Vaccination North-Western Provinces and Oudh 1896-1901 - 1896-1901
Year: 1896
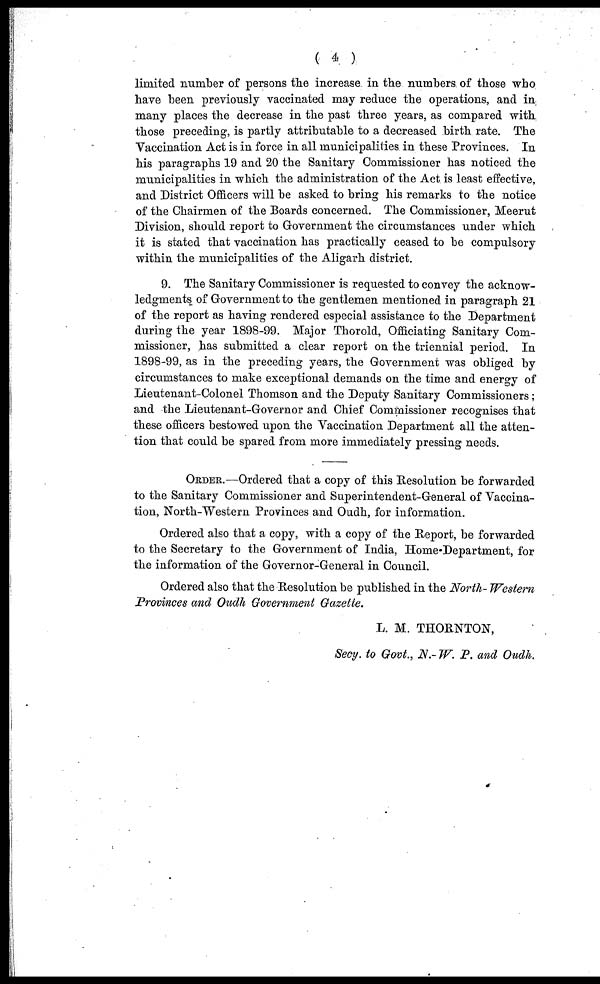
( 4 )
limited number of persons the increase in the numbers of those who
have been previously vaccinated may reduce the operations, and in
many places the decrease in the past three years, as compared with
those preceding, is partly attributable to a decreased birth rate. The
Vaccination Act is in force in all municipalities in these Provinces. In
his paragraphs 19 and 20 the Sanitary Commissioner has noticed the
municipalities in which the administration of the Act is least effective,
and District Officers will be asked to bring his remarks to the notice
of the Chairmen of the Boards concerned. The Commissioner, Meerut
Division, should report to Government the circumstances under which
it is stated that vaccination has practically ceased to be compulsory
within the municipalities of the Aligarh district.
9. The Sanitary Commissioner is requested to convey the acknow-
ledgments of Government to the gentlemen mentioned in paragraph 21
of the report as having rendered especial assistance to the Department
during the year 1898-99. Major Thorold, Officiating Sanitary Com-
missioner, has submitted a clear report on the triennial period. In
1898-99, as in the preceding years, the Government was obliged by
circumstances to make exceptional demands on the time and energy of
Lieutenant-Colonel Thomson and the Deputy Sanitary Commissioners;
and the Lieutenant-Governor and Chief Commissioner recognises that
these officers bestowed upon the Vaccination Department all the atten-
tion that could be spared from more immediately pressing needs.
ORDER.—Ordered that a copy of this Resolution be forwarded
to the Sanitary Commissioner and Superintendent-General of Vaccina-
tion, North-Western Provinces and Oudh, for information.
Ordered also that a copy, with a copy of the Report, be forwarded
to the Secretary to the Government of India, Home-Department, for
the information of the Governor-General in Council.
Ordered also that the Resolution be published in the North- Western
Provinces and Oudh Government Gazette.
L. M. THORNTON,
Secy. to Govt., N.- W. P. and Oudh.